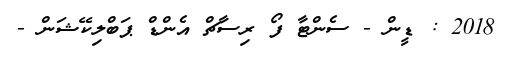
2018 : ޑީން - ސެންޓާ ފޯ ރިސާޗް އެންޑް ޕަބްލިކޭޝަން -